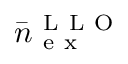
\bar { n } _ { \mathrm { ~ e ~ x ~ } } ^ { \mathrm { ~ L ~ L ~ O ~ } }